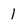
Character: 1